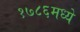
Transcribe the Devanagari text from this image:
१७८६मध्ये